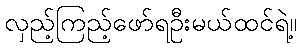
လှည့်ကြည့်ဖော်ရဦးမယ်ထင်ရဲ့။